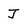
Character: J